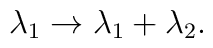
\lambda_{1} \to \lambda_{1} + \lambda_{2}.